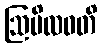
ဩပိလဝတိ